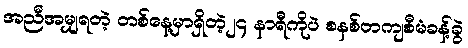
အညီအမျှရတဲ့ တစ်နေ့မှာရှိတဲ့၂၄ နာရီကိုပဲ စနစ်တကျစီမံခန့်ခွဲ